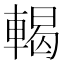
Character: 輵